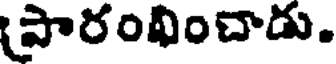
పారంవించాడు.